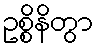
ဥစ္စိနိတွာ